Indian journal of veterinary science and animal husbandry - Volume 6,
Year: 1936
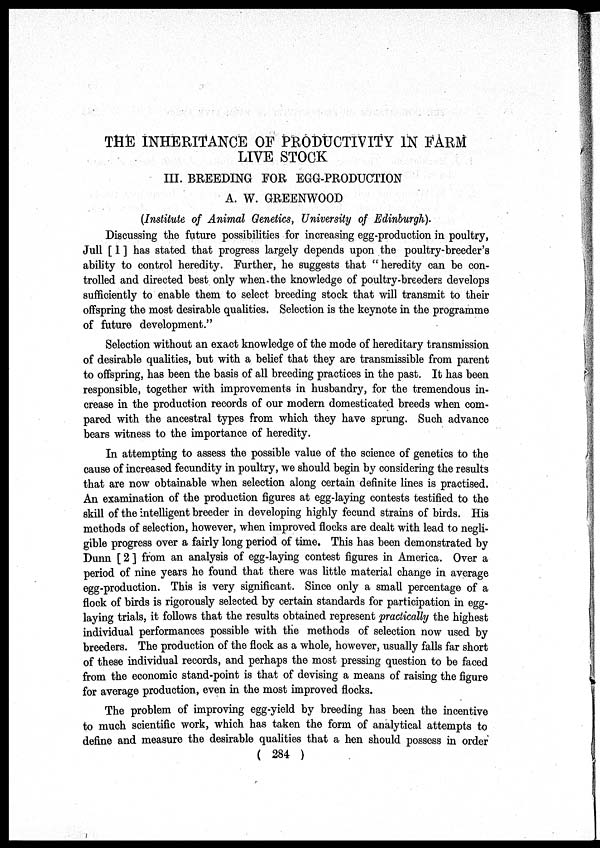
THE INHERITANCE OF PRODUCTIVITY IN FARM
LIVE STOCK
III. BREEDING FOR EGG-PRODUCTION
A. W. GREENWOOD
(Institute of Animal Genetics, University of Edinburgh).
Discussing the future possibilities for increasing egg-production in poultry,
Jull [ 1 ] has stated that progress largely depends upon the poultry-breeder's
ability to control heredity. Further, he suggests that " heredity can be con-
trolled and directed best only when the knowledge of poultry-breeders develops
sufficiently to enable them to select breeding stock that will transmit to their
offspring the most desirable qualities. Selection is the keynote in the programme
of future development."
Selection without an exact knowledge of the mode of hereditary transmission
of desirable qualities, but with a belief that they are transmissible from parent
to offspring, has been the basis of all breeding practices in the past. It has been
responsible, together with improvements in husbandry, for the tremendous in-
crease in the production records of our modern domesticated breeds when com-
pared with the ancestral types from which they have sprung. Such advance
bears witness to the importance of heredity.
In attempting to assess the possible value of the science of genetics to the
cause of increased fecundity in poultry, we should begin by considering the results
that are now obtainable when selection along certain definite lines is practised.
An examination of the production figures at egg-laying contests testified to the
skill of the intelligent breeder in developing highly fecund strains of birds. His
methods of selection, however, when improved flocks are dealt with lead to negli-
gible progress over a fairly long period of time. This has been demonstrated by
Dunn [ 2 ] from an analysis of egg-laying contest figures in America. Over a
period of nine years he found that there was little material change in average
egg-production. This is very significant. Since only a small percentage of a
flock of birds is rigorously selected by certain standards for participation in egg-
laying trials, it follows that the results obtained represent practically the highest
individual performances possible with the methods of selection now used by
breeders. The production of the flock as a whole, however, usually falls far short
of these individual records, and perhaps the most pressing question to be faced
from the economic stand-point is that of devising a means of raising the figure
for average production, even in the most improved flocks.
The problem of improving egg-yield by breeding has been the incentive
to much scientific work, which has taken the form of analytical attempts to
define and measure the desirable qualities that a hen should possess in order
( 284 )